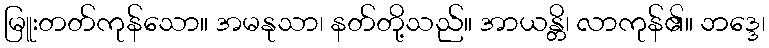
မြူးတတ်ကုန်သော။ အမနုသာ၊ နတ်တို့သည်။ အာယန္တိ၊ လာကုန်၏။ ဘဒ္ဒေ၊